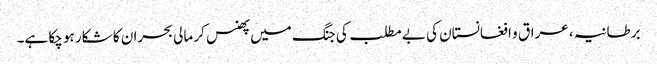
برطانیہ ، عراق و افغانستان کی بے مطلب کی جنگ میں پھنس کر مالی بحران کا شکار ہو چکا ہے۔